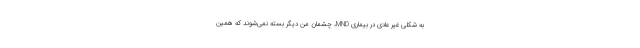
به شکلی غیر عادی در بیماری MND، چشمان من دیگر بسته نمی‌شوند که همین